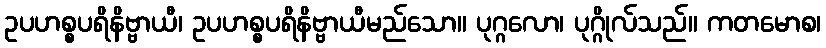
ဥပဟစ္စပရိနိဗ္ဗာယီ၊ ဥပဟစ္စပရိနိဗ္ဗာယီမည်သော။ ပုဂ္ဂလော၊ ပုဂ္ဂိုလ်သည်။ ကတမောစ၊